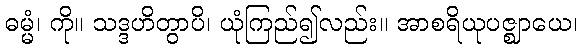
ဓမ္မံ၊ ကို။ သဒ္ဒဟိတွာပိ၊ ယုံကြည်၍လည်း။ အာစရိယုပဇ္ဈာယေ၊